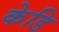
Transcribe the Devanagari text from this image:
केडि